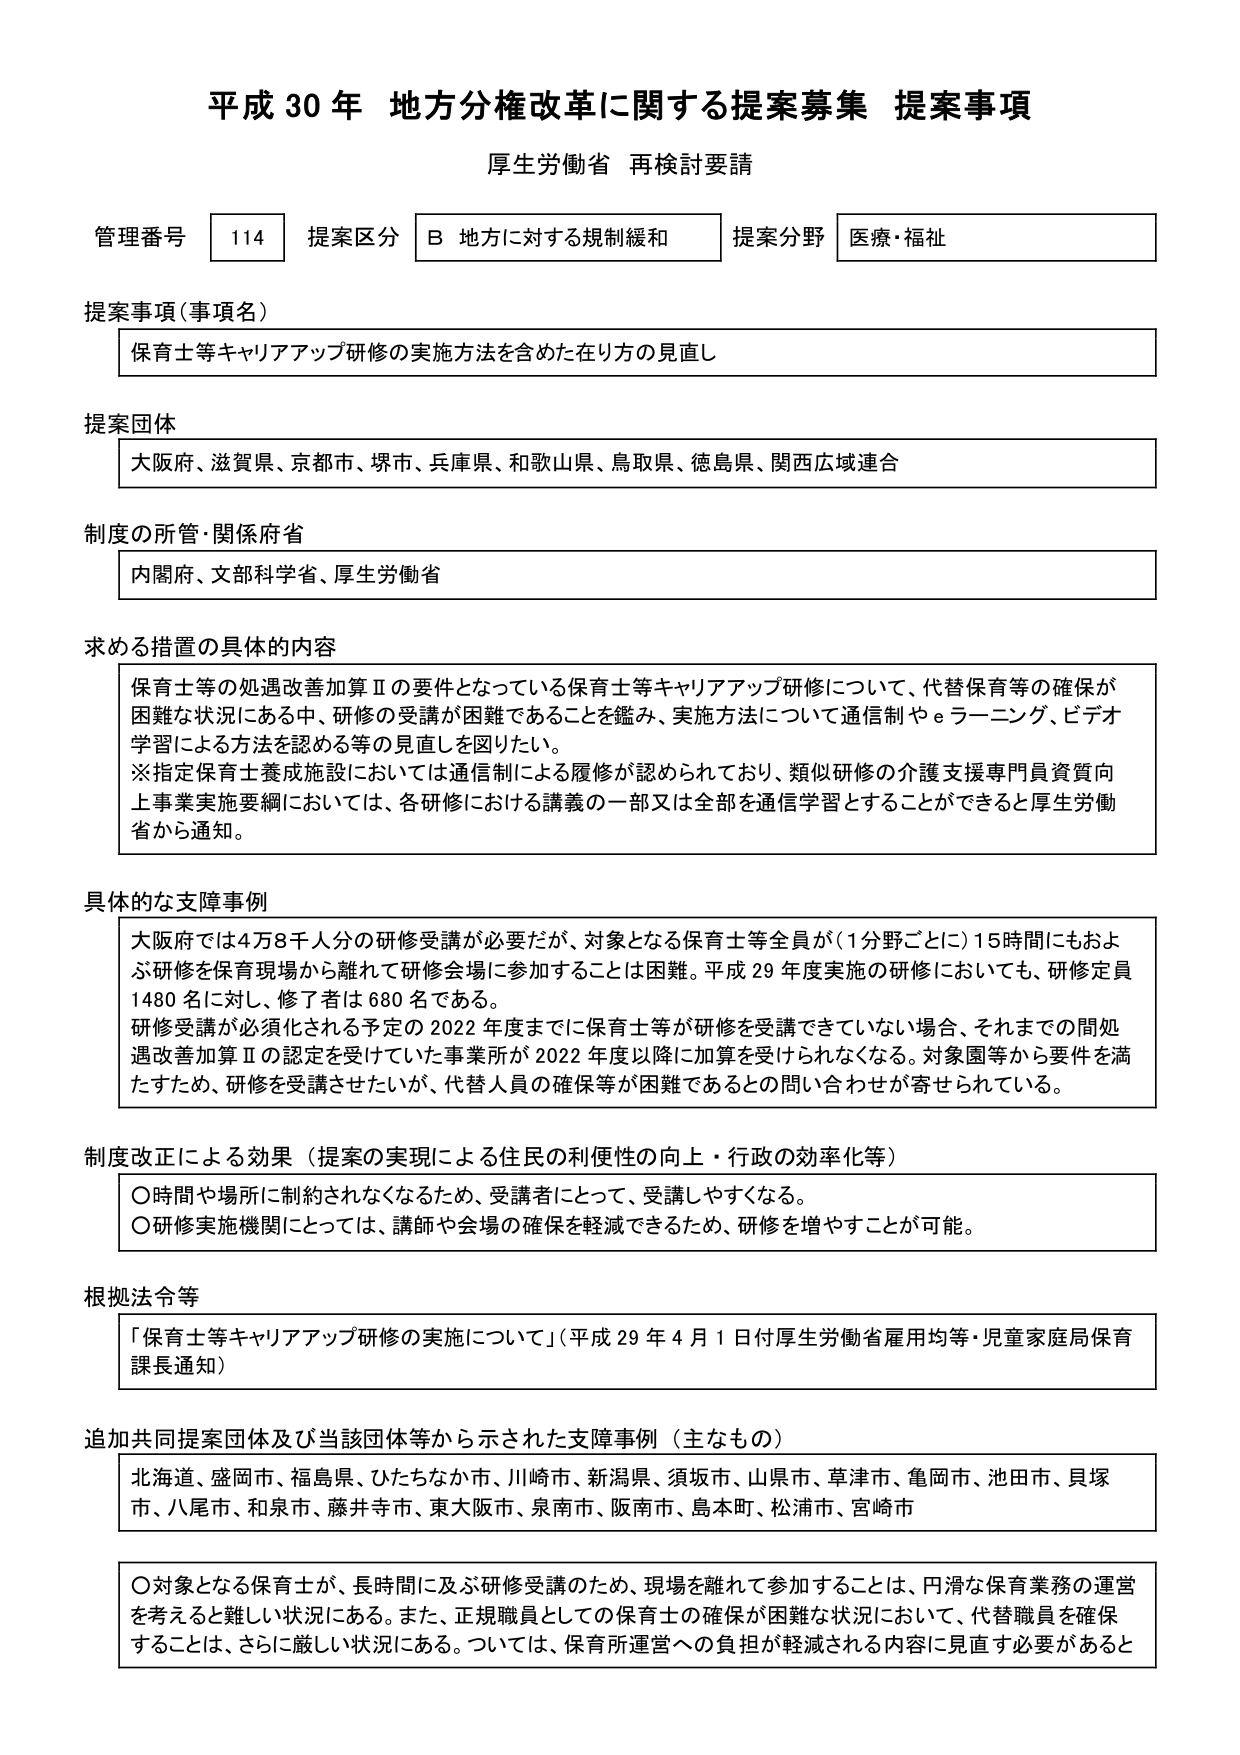
平成30年 地方分権改革に関する提案募集 提案事項
厚生労働省 再検討要請

管理番号 114 提案区分 B 地方に対する規制緩和 提案分野 医療・福祉

提案事項（事項名）
保育士等キャリアアップ研修の実施方法を含めた在り方の見直し

提案団体
大阪府、滋賀県、京都市、堺市、兵庫県、和歌山県、鳥取県、徳島県、関西広域連合

制度の所管・関係府省
内閣府、文部科学省、厚生労働省

求める措置の具体的内容
保育士等の処遇改善加算Ⅱの要件となっている保育士等キャリアアップ研修について、代替保育等の確保が困難な状況にある中、研修の受講が困難であることを鑑み、実施方法について通信制やeラーニング、ビデオ学習による方法を認める等の見直しを図りたい。
※指定保育士養成施設においては通信制による履修が認められており、類似研修の介護支援専門員資質向上事業実施要綱においては、各研修における講義の一部又は全部を通信学習とすることができるとして厚生労働省から通知。

具体的な支障事例
大阪府では4万8千人分の研修受講が必要だが、対象となる保育士等全員が（1分野ごとに）15時間にもおよぶ研修を保育現場から離れて研修会場に参加することは困難。平成29年度実施の研修においても、研修定員1480名に対し、修了者は680名である。
研修受講が必須化される予定の2022年度までに保育士等が研修を受講できていない場合、それまでの間処遇改善加算Ⅱの認定を受けていた事業所が2022年度以降に加算を受けられなくなる。対象園等から要件を満たすため、研修を受講させたいが、代替人員の確保等が困難であるとの問い合わせが寄せられている。

制度改正による効果（提案の実現による住民の利便性の向上・行政の効率化等）
〇時間や場所に制約されなくなるため、受講者にとって、受講しやすくなる。
〇研修実施機関にとっては、講師や会場の確保を軽減できるため、研修を増やすことが可能。

根拠法令等
「保育士等キャリアアップ研修の実施について」（平成29年4月1日付厚生労働省雇用均等・児童家庭局保育課長通知）

追加共同提案団体及び当該団体等から示された支障事例（主なもの）
北海道、盛岡市、福島県、ひたちなか市、川崎市、新潟県、須坂市、山県市、草津市、亀岡市、池田市、貝塚市、八尾市、和泉市、藤井寺市、東大阪市、泉南市、阪南市、島本町、松浦市、宮崎市

〇対象となる保育士が、長時間に及ぶ研修受講のため、現場を離れて参加することは、円滑な保育業務の運営を考えると難しい状況にある。また、正規職員としての保育士の確保が困難な状況において、代替職員を確保することは、さらに厳しい状況にある。ついては、保育所運営への負担が軽減される内容に見直す必要があると